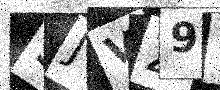
Text: 9JVZ9P